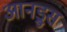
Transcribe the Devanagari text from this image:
आनड्रुस